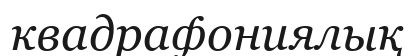
квадрафониялық